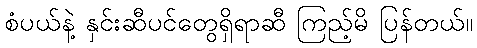
စံပယ်နဲ့ နှင်းဆီပင်တွေရှိရာဆီ ကြည့်မိ ပြန်တယ်။